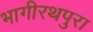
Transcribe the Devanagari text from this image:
भागीरथपुरा